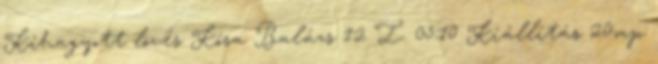
Kihagyott lövés Kósa Balázs 12 I. 05:10 Kiállítás 20mp